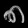
Digit: ၈